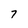
Character: 7